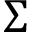
\Sigma